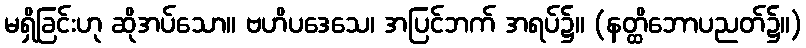
မရှိခြင်းဟု ဆိုအပ်သော။ ဗဟိပဒေသေ၊ အပြင်ဘက် အရပ်၌။ (နတ္ထိဘောပညတ်၌။)